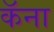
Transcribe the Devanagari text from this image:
कॅना